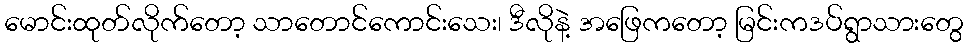
မောင်းထုတ်လိုက်တော့ သာတောင်ကောင်းသေး၊ ဒီလိုနဲ့ အဖြေကတော့ မြင်းကဒပ်ရွာသားတွေ